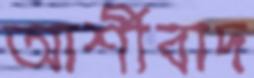
আর্শীবাদ